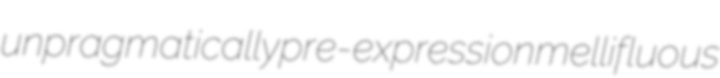
unpragmatically pre-expression mellifluous